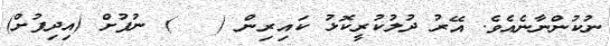
ނުކުންނާނެއެވެ. އޭރު ދުލުކުރީކޮޅު ކައިރިން (   ) ނުފުށް (އިދިފުށް)